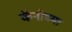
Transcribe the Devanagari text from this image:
कॅनोच्या